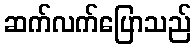
ဆက်လက်ပြောသည်